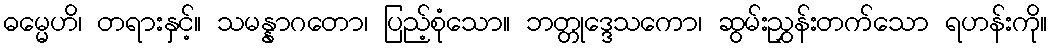
ဓမ္မေဟိ၊ တရားနှင့်။ သမန္နာဂတော၊ ပြည့်စုံသော။ ဘတ္တုဒ္ဒေသကော၊ ဆွမ်းညွှန်းတက်သော ရဟန်းကို။